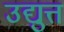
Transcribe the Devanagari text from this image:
उद्युत्त